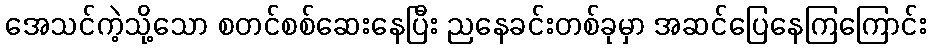
အေသင်ကဲ့သို့သော စတင်စစ်ဆေးနေပြီး ညနေခင်းတစ်ခုမှာ အဆင်ပြေနေကြကြောင်း